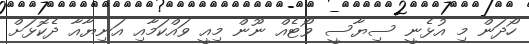
ހޯދަން މި އުޅެނީ ސިޔާސީ ވޯޓެއް ނޫން މިއީ ވައްކަމާއި އަނިޔާއާ ދެކޮޅަށް